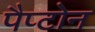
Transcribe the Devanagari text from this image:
पैप्टोन